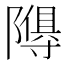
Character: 𮥩